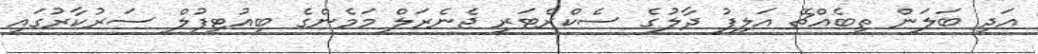
އަދި ބަލަން ތިބެއްޗޭ އަލިފު ދާލުގެ ސެކްރެޓަރީ ޖެނެރަލް މަމެންގެ ބިއުޓިފުލް ސަރުކާރުގައި